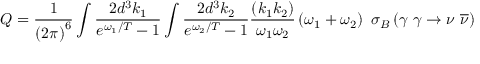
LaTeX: Q = \frac 1 { \left( 2 \pi \right) ^ { 6 } } \int \frac { 2 d ^ { 3 } k _ { 1 } } { e ^ { \omega _ { 1 } / T } - 1 } \int \frac { 2 d ^ { 3 } k _ { 2 } } { e ^ { \omega _ { 2 } / T } - 1 } \frac { \left( k _ { 1 } k _ { 2 } \right) } { \omega _ { 1 } \omega _ { 2 } } \left( \omega _ { 1 } + \omega _ { 2 } \right) \mathrm { ~ } \sigma _ { B } \left( \gamma \mathrm { ~ } \gamma \rightarrow \nu \mathrm { ~ } \overline { { { \nu } } } \right)